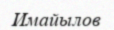
Имайылов